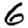
Digit: 6